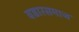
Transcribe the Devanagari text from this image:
वडारसमाज